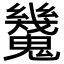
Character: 𩴪